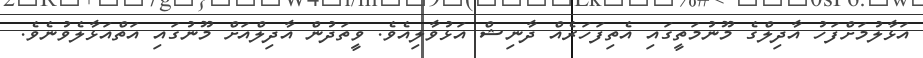
އަޅާލުމަށްފަހު އާދިލްގެ މޫނުމަތީގައި އެތިފަހަރެއް ދާނިޝް އަޅުވާލިއެވެ. ވީތަދުން އާދިލްއަށް މޫނުގައި އަތްއަޅާލެެވުނެވެ.